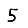
Digit: 5